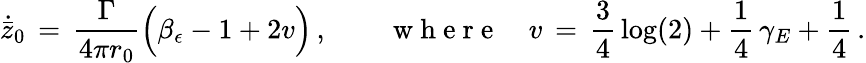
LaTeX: \dot{\bar{z}}_{0}\, =\, \frac{\Gamma}{4\pi r_{0}}\Bigl(\beta_{\epsilon}-1+2v\Bigr)\, ,\qquad\mathrm{~w~h~e~r~e~}\quad v\, =\, \frac{3}{4}\, \log(2)+\frac{1}{4}\, \gamma_{E}+\frac{1}{4}\, .